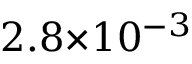
2 . 8 { \times } 1 0 ^ { - 3 }